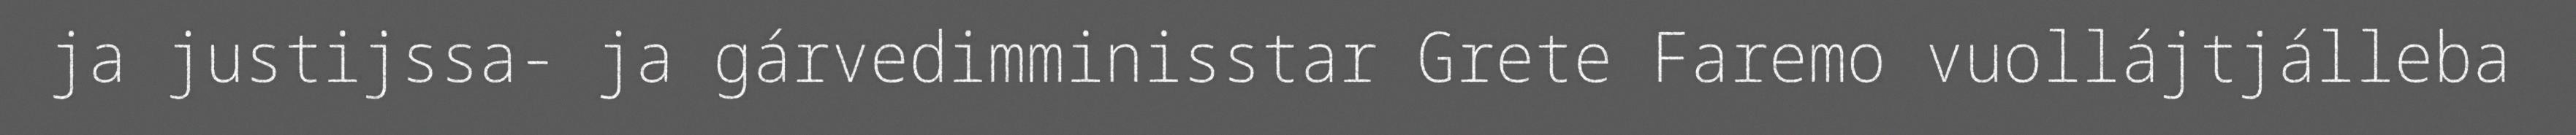
ja justijssa- ja gárvedimminisstar Grete Faremo vuollájtjálleba